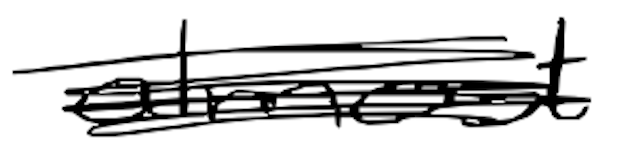
Text: almost
Cross-out: scratch
Writing tool: digital_black